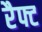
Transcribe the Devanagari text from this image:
रैफ्ट